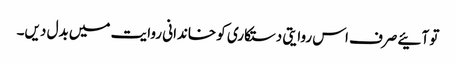
تو آئیے صرف اس روایتی دستکاری کو خاندانی روایت میں بدل دیں۔